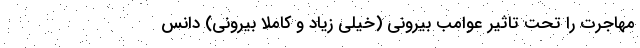
مهاجرت را تحت تاثیر عوامب بیرونی (خیلی زیاد و کاملاً بیرونی) دانس